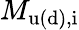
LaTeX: M_{\mathrm{u(d),i}}